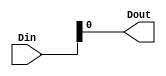
module Reduce(
input [7:0] Din,
output Dout
    );

assign Dout = Din[0];

endmodule